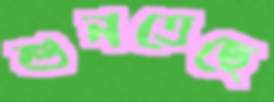
শুনতেছে